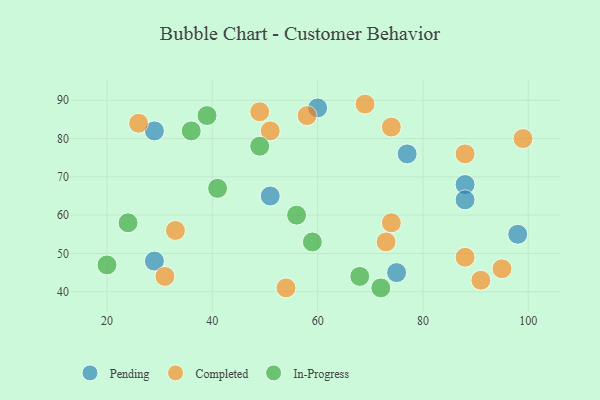
{"axis": {"x": "GDP", "y": "Life Expectancy"}, "legend": ["Completed", "In-Progress", "Pending"], "data": [{"x": "29", "y": 82, "type": "Pending"}, {"x": "98", "y": 55, "type": "Pending"}, {"x": "29", "y": 48, "type": "Pending"}, {"x": "60", "y": 88, "type": "Pending"}, {"x": "77", "y": 76, "type": "Pending"}, {"x": "75", "y": 45, "type": "Pending"}, {"x": "88", "y": 68, "type": "Pending"}, {"x": "88", "y": 64, "type": "Pending"}, {"x": "51", "y": 65, "type": "Pending"}, {"x": "26", "y": 84, "type": "Completed"}, {"x": "99", "y": 80, "type": "Completed"}, {"x": "51", "y": 82, "type": "Completed"}, {"x": "49", "y": 87, "type": "Completed"}, {"x": "73", "y": 53, "type": "Completed"}, {"x": "33", "y": 56, "type": "Completed"}, {"x": "95", "y": 46, "type": "Completed"}, {"x": "69", "y": 89, "type": "Completed"}, {"x": "54", "y": 41, "type": "Completed"}, {"x": "91", "y": 43, "type": "Completed"}, {"x": "58", "y": 86, "type": "Completed"}, {"x": "88", "y": 49, "type": "Completed"}, {"x": "88", "y": 76, "type": "Completed"}, {"x": "74", "y": 58, "type": "Completed"}, {"x": "74", "y": 83, "type": "Completed"}, {"x": "31", "y": 44, "type": "Completed"}, {"x": "41", "y": 67, "type": "In-Progress"}, {"x": "68", "y": 44, "type": "In-Progress"}, {"x": "49", "y": 78, "type": "In-Progress"}, {"x": "36", "y": 82, "type": "In-Progress"}, {"x": "59", "y": 53, "type": "In-Progress"}, {"x": "20", "y": 47, "type": "In-Progress"}, {"x": "39", "y": 86, "type": "In-Progress"}, {"x": "72", "y": 41, "type": "In-Progress"}, {"x": "24", "y": 58, "type": "In-Progress"}, {"x": "56", "y": 60, "type": "In-Progress"}]}